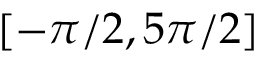
[ - \pi / 2 , 5 \pi / 2 ]